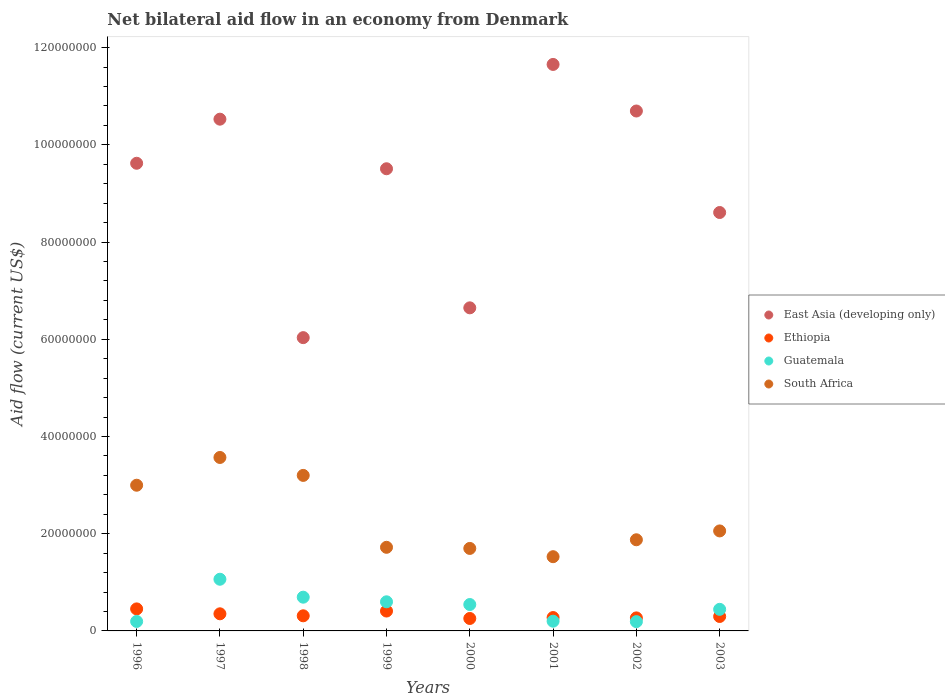
| Years | East Asia (developing only) | Ethiopia | Guatemala | South Africa |
 | --- | --- | --- | --- | --- |
 | 1996 | 9.62e+07 | 4.53e+06 | 1.95e+06 | 3e+07 |
 | 1997 | 1.05e+08 | 3.52e+06 | 1.06e+07 | 3.57e+07 |
 | 1998 | 6.03e+07 | 3.11e+06 | 6.94e+06 | 3.2e+07 |
 | 1999 | 9.51e+07 | 4.09e+06 | 5.99e+06 | 1.72e+07 |
 | 2000 | 6.65e+07 | 2.56e+06 | 5.43e+06 | 1.7e+07 |
 | 2001 | 1.17e+08 | 2.75e+06 | 2e+06 | 1.53e+07 |
 | 2002 | 1.07e+08 | 2.68e+06 | 1.91e+06 | 1.88e+07 |
 | 2003 | 8.61e+07 | 2.97e+06 | 4.44e+06 | 2.06e+07 |